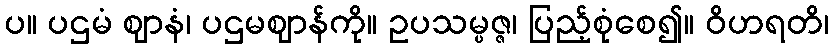
ပ။ ပဌမံ ဈာနံ၊ ပဌမဈာန်ကို။ ဥပသမ္ပဇ္ဇ၊ ပြည့်စုံစေ၍။ ဝိဟရတိ၊